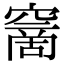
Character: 𥧮